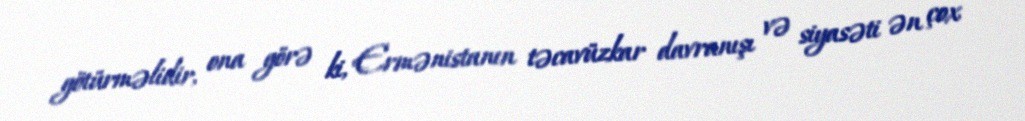
götürməlidir, ona görə ki, Ermənistanın təcavüzkar davranışı və siyasəti ən çox